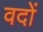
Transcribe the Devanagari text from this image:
वदों